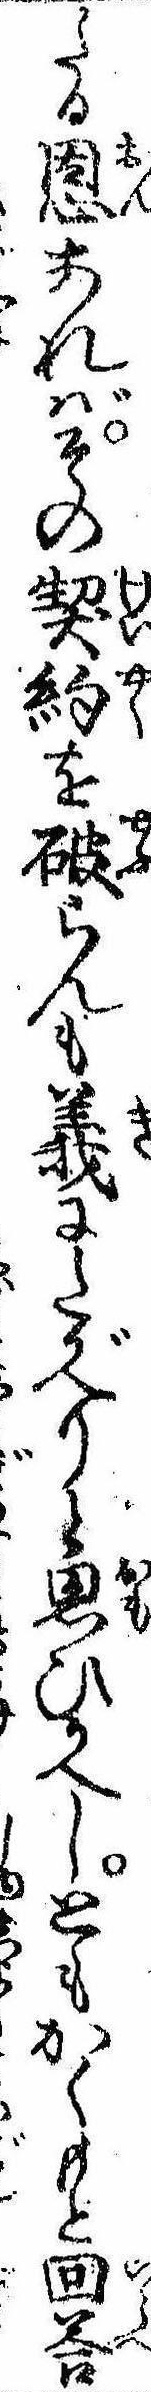
たる恩あればその契約を破らんも義にたがへりと思ひかへしともかくもと回答